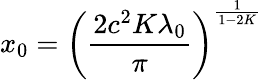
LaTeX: x_{0}=\left(\frac{2c^{2}K\lambda_{0}}{\pi}\right)^{\frac{1}{1-2K}}